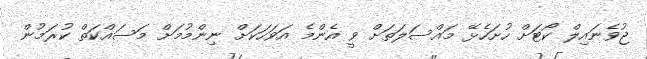
ޖުވެނައިލް ކޯޓަށް ހުށަހެޅޭ މައްސަލަތަށް ވީ އެންމެ އަވަހަކަށް ނިންމުމަށް މަސައްކަތް ކުރަމުން